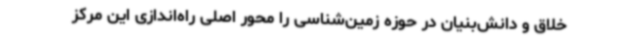
خلاق و دانش‌بنیان در حوزه زمین‌شناسی را محور اصلی راه‌اندازی این مرکز